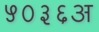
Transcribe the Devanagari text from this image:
५०३६अ